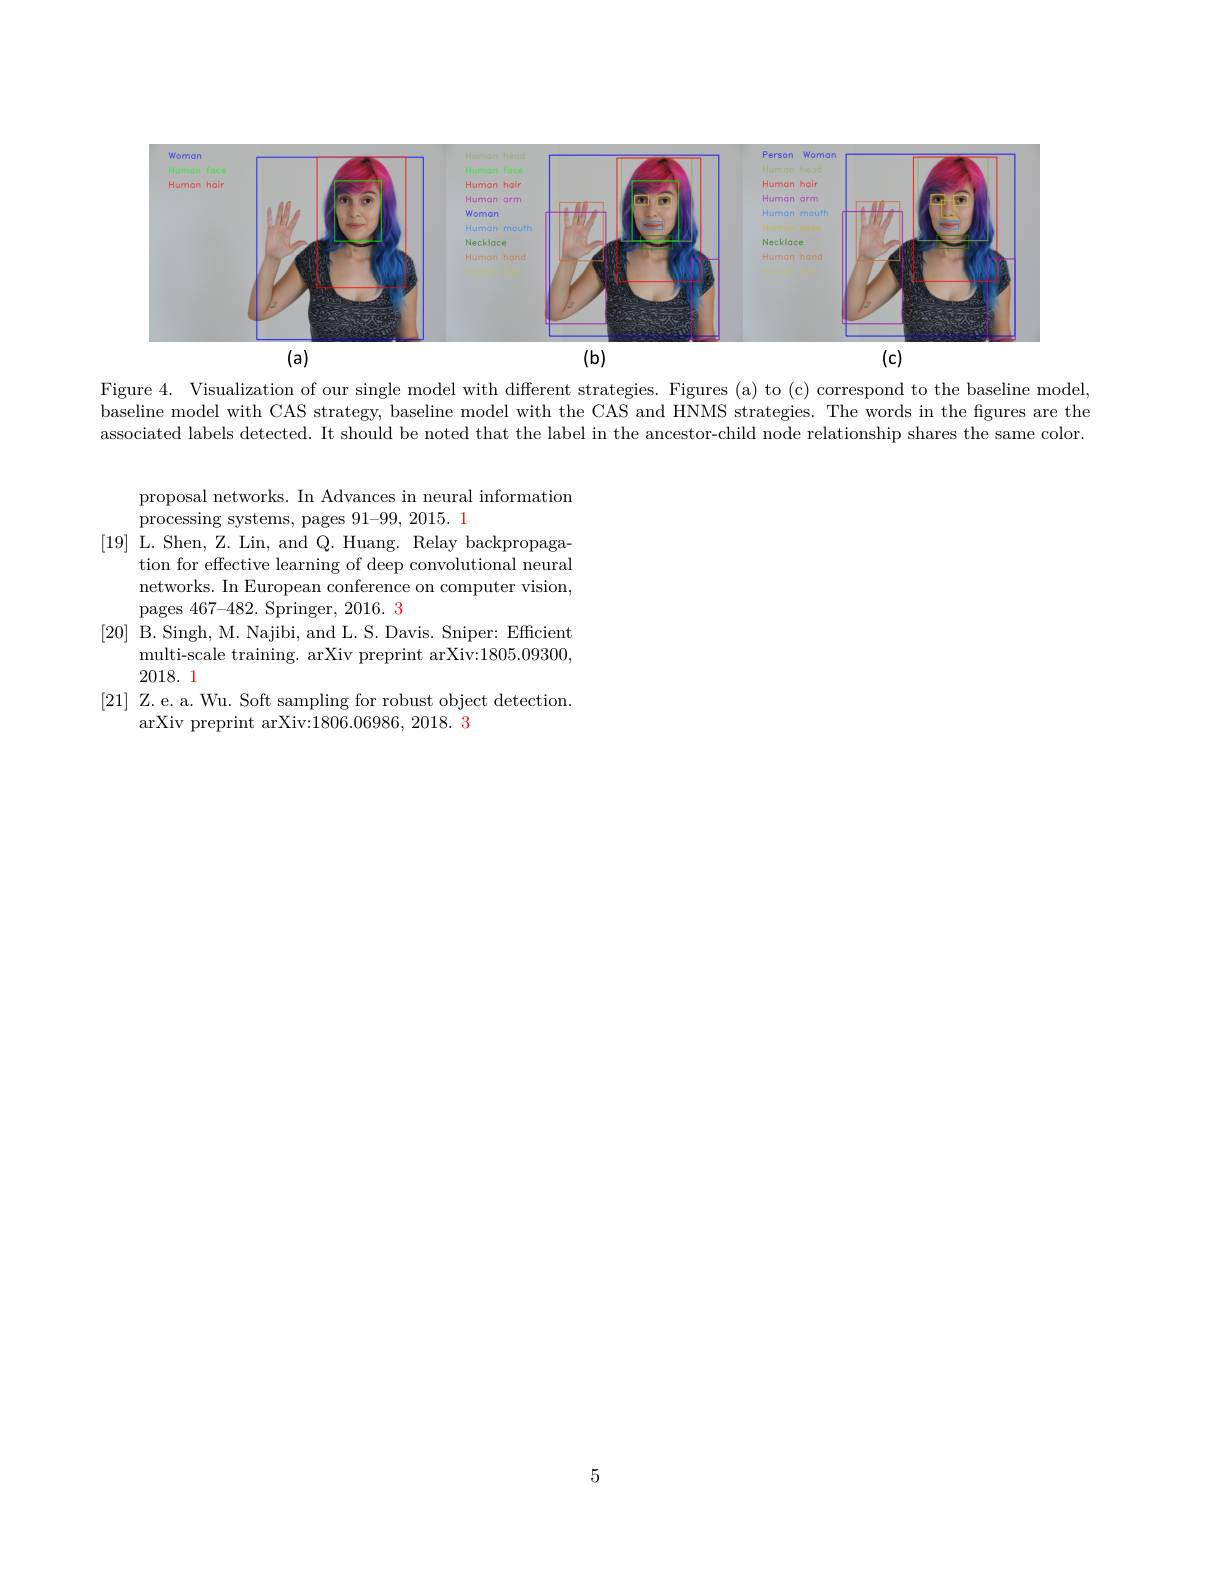
<FigureHere>

Figure 4. Visualization of our single model with different strategies. Figures (a) to (c) correspond to the baseline model, baseline model with CAS strategy, baseline model with the CAS and HNMS strategies. The words in the figures are the associated labels detected. It should be noted that the label in the ancestor-child node relationship shares the same color

proposal networks. In Advances in neural information
processing systems, pages 91-99, 2015. 1
[19] L.Shen, Z. Lin, and Q. Huang. Relay backpropaga-
tion for effective learning of deep convolutional neural networks. In European conference on computer vision, pages 467-482. Springer, 2016. 3
[20] B. Singh, M. Najibi, and L. S. Davis. Sniper: Efficient
multi- scale training.  arXiv preprint arXiv: 1805. 09300,
2018.1
[21] Z.e. a. Wu. Soft sampling for robust object detection.
arXiv preprint arXiv:1806.06986, 2018. 3

5